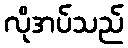
လိုအပ်သည်